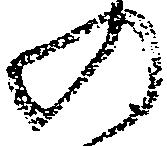
の